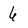
Character: 6